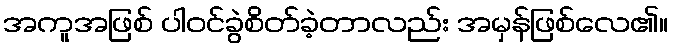
အကူအဖြစ် ပါဝင်ခွဲစိတ်ခဲ့တာလည်း အမှန်ဖြစ်လေ၏။